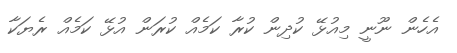
އެހެން ނޫނީ މިއުޅޭ ކުދިން ކުރާ ކަމެއް ކުރަން އުޅޭ ކަމެއް ރެޔަކާ